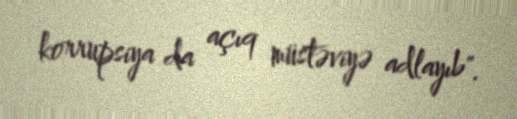
korrupsiya da açıq müstəviyə adlayıb".